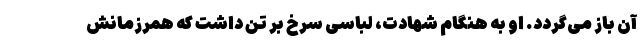
آن باز می‌گردد. او به هنگام شهادت، لباسی سرخ بر تن داشت که همرزمانش